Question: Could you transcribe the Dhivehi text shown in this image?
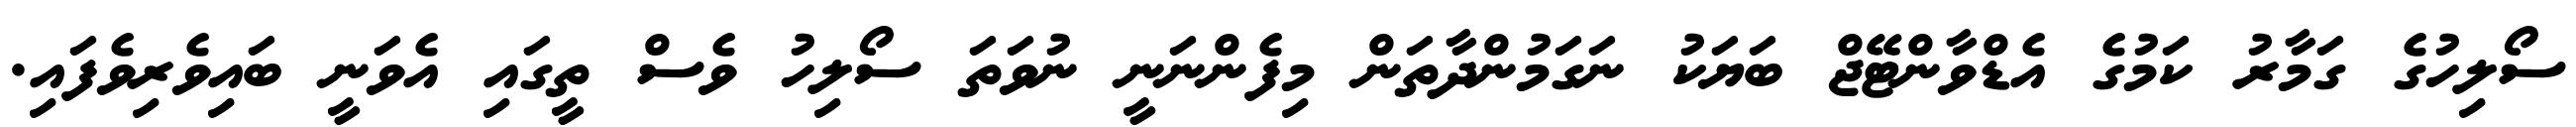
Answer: ސޯލިހުގެ ގަމާރު ކަމުގެ އެޑްވާންޓޭޖް ބަޔަކު ނަގަމުންދާތަން މިފެންނަނީ ނުވަތަ ސޯލިހު ވެސް ތީގައި އެވަނީ ބައިވެރިވެފައި.